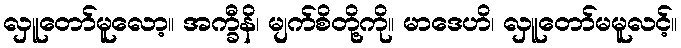
လှူတော်မူလော့။ အက္ခီနိ၊ မျက်စိတို့ကို။ မာဒေဟိ၊ လှူတော်မမူလင့်။